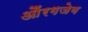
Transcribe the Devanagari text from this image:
औंरगजेब